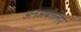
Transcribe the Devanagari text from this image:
अनअपीलिंग